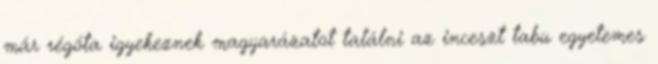
már régóta igyekeznek magyarázatot találni az inceszt tabu egyetemes